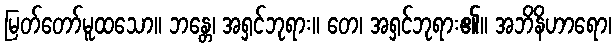
မြတ်တော်မူထသော။ ဘန္တေ၊ အရှင်ဘုရား။ တေ၊ အရှင်ဘုရား၏။ အဘိနိဟာရော၊